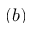
( b )